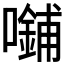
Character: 𪢜